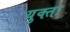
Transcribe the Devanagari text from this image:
युक्‍तः